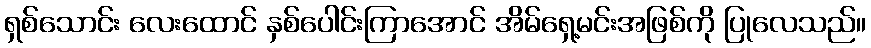
ရှစ်သောင်း လေးထောင် နှစ်ပေါင်းကြာအောင် အိမ်ရှေ့မင်းအဖြစ်ကို ပြုလေသည်။